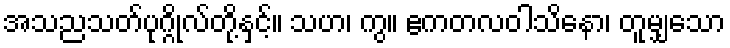
အသညသတ်ပုဂ္ဂိုလ်တို့နှင့်။ သဟ၊ ကွ။ ဧကတလဝါသိနော၊ တူမျှသော